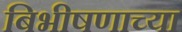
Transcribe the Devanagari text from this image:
बिभीषणाच्या